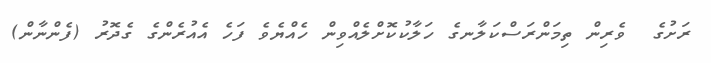
ރަށުގެ  ވެރިން ތިމަންރަސްކަލާނގެ ހަލާކުކޮށްލެއްވިން ހެއްޔެވެ ފަހެ އެއުރެންގެ ގެދޮރު (ފެންނާން)